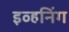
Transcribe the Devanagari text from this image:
इव्हनिंग